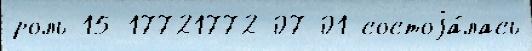
роль 15 17721772-07-01 состоjа́лась